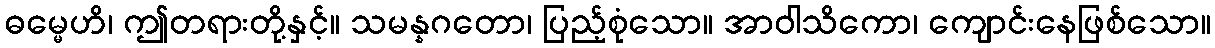
ဓမ္မေဟိ၊ ဤတရားတို့နှင့်။ သမန္နဂတော၊ ပြည့်စုံသော။ အာဝါသိကော၊ ကျောင်းနေဖြစ်သော။